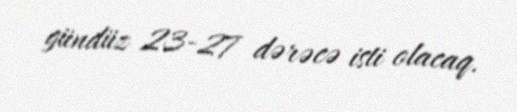
gündüz 23-27 dərəcə isti olacaq.